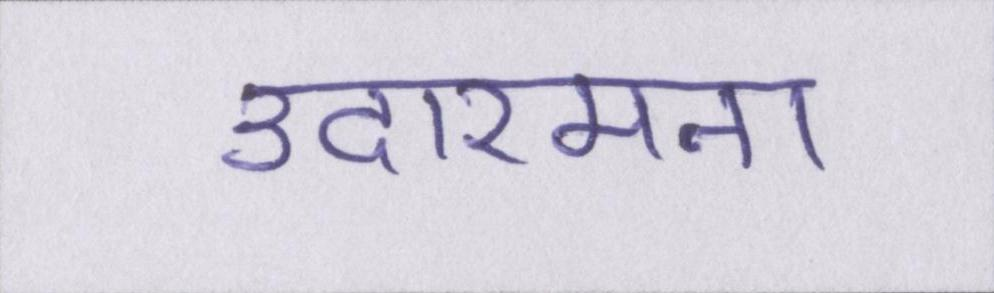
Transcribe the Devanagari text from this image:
उदारमना